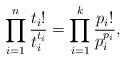
\begin{align*} \prod_{i = 1}^n\frac{t_i!}{t_i^{t_i}} = \prod_{i = 1}^k\frac{p_i!}{p_i^{p_i}}, \end{align*}